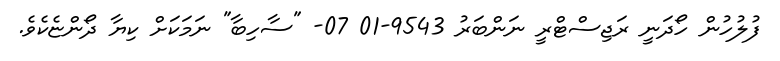
ފުލުހުން ހޯދަނީ ރަޖިސްޓްރީ ނަންބަރު 9543-01 07- "ސާހިބާ" ނަމަކަށް ކިޔާ ދޯންޏެކެވެ.